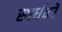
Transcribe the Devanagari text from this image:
स्पर्धको